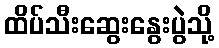
ထိပ်သီးဆွေးနွေးပွဲသို့